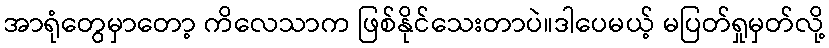
အာရုံတွေမှာတော့ ကိလေသာက ဖြစ်နိုင်သေးတာပဲ။ဒါပေမယ့် မပြတ်ရှုမှတ်လို့